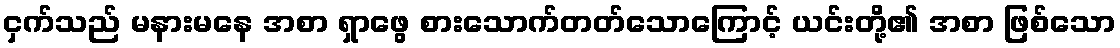
ငှက်သည် မနားမနေ အစာ ရှာဖွေ စားသောက်တတ်သောကြောင့် ယင်းတို့၏ အစာ ဖြစ်သော